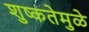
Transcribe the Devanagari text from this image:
शुष्कतेमुळे